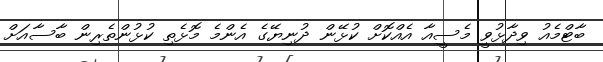
ބާޓްމެއު ވިދާޅުވީ މެސީއާ އެއްކޮށް ކުޅޭން ދުނިޔޭގެ އެންމެ މޮޅެތި ކުޅުންތެރިން ބާސާއަށް